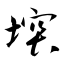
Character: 堗